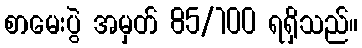
စာမေးပွဲ အမှတ် 85/100 ရရှိသည်။